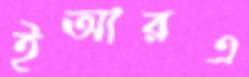
ইআরএ